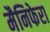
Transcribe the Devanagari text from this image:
मैनिफेरा